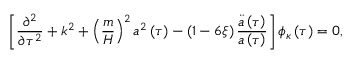
\left[ \frac { \partial ^ { 2 } } { \partial \tau ^ { 2 } } + k ^ { 2 } + \left( \frac { m } { H } \right) ^ { 2 } a ^ { 2 } \left( \tau \right) - \left( 1 - 6 \xi \right) \frac { \ddot { a } \left( \tau \right) } { a \left( \tau \right) } \right] \phi _ { \kappa } \left( \tau \right) = 0 ,